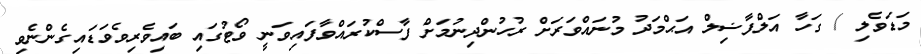
މަޑަވެލި / ގަހާ އަލްފާޟިލް އަޙްމަދު މުނައްވަރަށް ރުހުންދިނުމަށް ފާސްކުރައްވާފައިވަނީ ވޯޓުގައި ބައިވެރިވެވަޑައިގެންނެވި